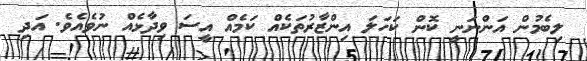
ލިބެމުން އަންނަނީ ކޮން ކަހަލަ އިންޒާރުތަކެއް ކަމެއް އީސަ ވިދާޅެއް ނުވެއެވެ. އަދި